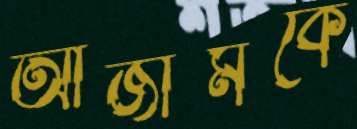
আজীমকে